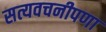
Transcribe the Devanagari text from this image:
सत्यवचनीपणा